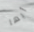
أيها